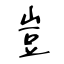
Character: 豈